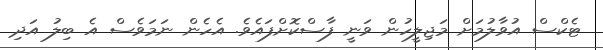
ޓެކްސް އުވާލުމަށް މަޖިލީހުން ވަނީ ފާސްކޮށްފައެވެ. އެހެން ނަމަވެސް އެ ބިލު އަދި